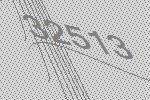
32513